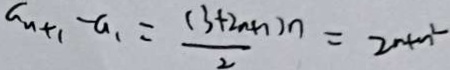
c n + 1 - a _ { 1 } = \frac { ( 3 + 2 n + 1 ) n } { 2 } = 2 n + n ^ { 2 }